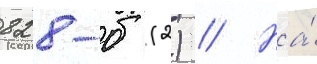
828-б (2) // На́